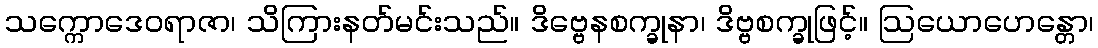
သက္ကောဒေဝရာဇာ၊ သိကြားနတ်မင်းသည်။ ဒိဗ္ဗေနစက္ခုနာ၊ ဒိဗ္ဗစက္ခုဖြင့်။ ဩယောဟေန္တော၊